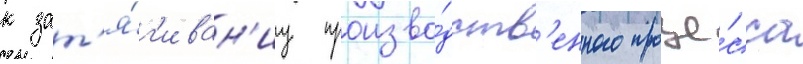
к зат'я́г'иван'иу произво́дств'енного проце́сса